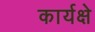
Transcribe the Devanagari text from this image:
कार्यक्षे